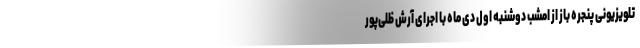
تلویزیونی پنجره باز از امشب دوشنبه اول دی ماه با اجرای آرش ظلی‌پور